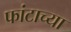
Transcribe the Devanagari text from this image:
फांटाच्या